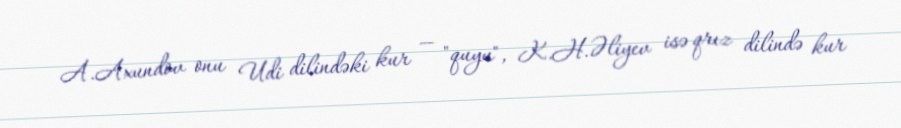
A.Axundov onu Udi dilindəki kur — "quyu", K.H.Əliyev isə qrız dilində kur